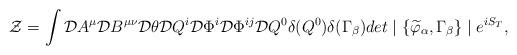
LaTeX: \begin{align*}{\cal Z}=\int {\cal D}A^\mu {\cal D}B^{\mu\nu} {\cal D}\theta{\cal D}Q^i {\cal D}\Phi^i {\cal D}\Phi^{ij}{\cal D}Q^0\delta(Q^0)\delta(\Gamma_\beta)det\mid\{\widetilde{\varphi}_\alpha, \Gamma_\beta \}\mid e^{iS_T},\end{align*}